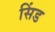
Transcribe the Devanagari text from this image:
सिंड